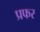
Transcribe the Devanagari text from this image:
प्रफर